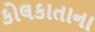
કોલકાતાના